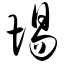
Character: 埸